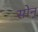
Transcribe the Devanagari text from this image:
सोन्